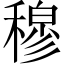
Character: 穆